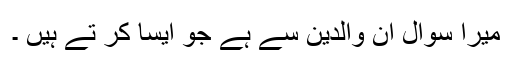
میرا سوال ان والدین سے ہے جو ایسا کر تے ہیں ۔